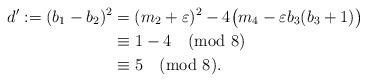
LaTeX: \begin{align*}d':=(b_{1}-b_{2})^{2}&=(m_{2}+\varepsilon)^{2}-4\bigl(m_{4}-\varepsilon b_{3}(b_{3}+1)\bigr)\\&\equiv 1-4 \pmod{8}\\&\equiv 5 \pmod{8}.\end{align*}